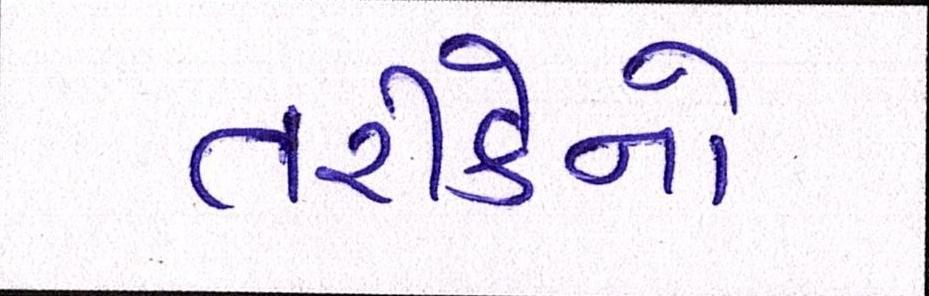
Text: તરીકેનો